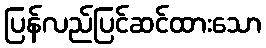
ပြန်လည်ပြင်ဆင်ထားသော